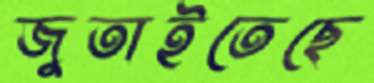
জুতাইতেছে